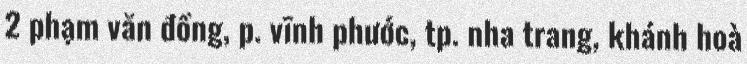
2 phạm văn đồng, p. vĩnh phước, tp. nha trang, khánh hoà